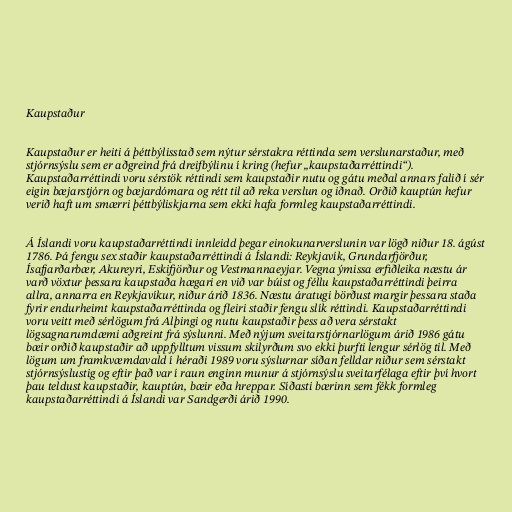
Kaupstaður

Kaupstaður er heiti á þéttbýlisstað sem nýtur sérstakra réttinda sem verslunarstaður, með
stjórnsýslu sem er aðgreind frá dreifbýlinu í kring (hefur „kaupstaðarréttindi“).
Kaupstaðarréttindi voru sérstök réttindi sem kaupstaðir nutu og gátu meðal annars falið í sér
eigin bæjarstjórn og bæjardómara og rétt til að reka verslun og iðnað. Orðið kauptún hefur
verið haft um smærri þéttbýliskjarna sem ekki hafa formleg kaupstaðarréttindi.

Á Íslandi voru kaupstaðarréttindi innleidd þegar einokunarverslunin var lögð niður 18. ágúst
1786. Þá fengu sex staðir kaupstaðarréttindi á Íslandi: Reykjavík, Grundarfjörður,
Ísafjarðarbær, Akureyri, Eskifjörður og Vestmannaeyjar. Vegna ýmissa erfiðleika næstu ár
varð vöxtur þessara kaupstaða hægari en við var búist og féllu kaupstaðarréttindi þeirra
allra, annarra en Reykjavíkur, niður árið 1836. Næstu áratugi börðust margir þessara staða
fyrir endurheimt kaupstaðarréttinda og fleiri staðir fengu slík réttindi. Kaupstaðarréttindi
voru veitt með sérlögum frá Alþingi og nutu kaupstaðir þess að vera sérstakt
lögsagnarumdæmi aðgreint frá sýslunni. Með nýjum sveitarstjórnarlögum árið 1986 gátu
bæir orðið kaupstaðir að uppfylltum vissum skilyrðum svo ekki þurfti lengur sérlög til. Með
lögum um framkvæmdavald í héraði 1989 voru sýslurnar síðan felldar niður sem sérstakt
stjórnsýslustig og eftir það var í raun enginn munur á stjórnsýslu sveitarfélaga eftir því hvort
þau teldust kaupstaðir, kauptún, bæir eða hreppar. Síðasti bærinn sem fékk formleg
kaupstaðarréttindi á Íslandi var Sandgerði árið 1990.